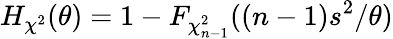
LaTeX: H_{\chi^{2}}(\theta)=1-F_{\chi_{n-1}^{2}}((n-1)s^{2}/\theta)